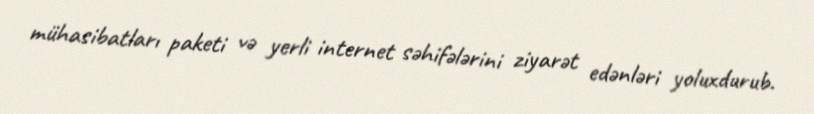
mühasibatları paketi və yerli internet səhifələrini ziyarət edənləri yoluxdurub.